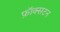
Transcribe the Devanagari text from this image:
फ़ॉक्सटन